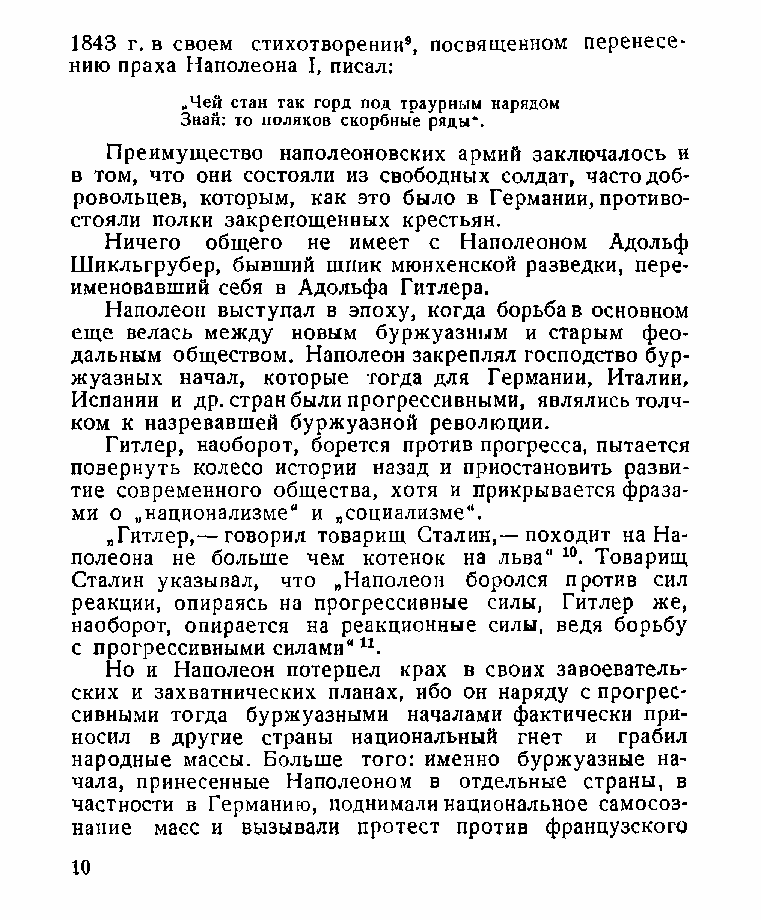
1843 г. в своем стихотворении9, посвященном перенесе­
 нию праха Наполеона I, писал:
 „Чей стан так горд под траурным нарядом
 Знай: то поляков скорбные ряды*.
 Преимущество наполеоновских армий заключалось и
 в том, что они состояли из свободных солдат, часто доб­
 ровольцев, которым, как это было в Германии, противо­
 стояли полки закрепощенных крестьян.
 Ничего общего не имеет с Наполеоном Адольф
 Шикльгрубер, бывший шпик мюнхенской разведки, пере­
 именовавший себя в Адольфа Гитлера.
 Наполеон выступал в эпоху, когда борьба в основном
 еще велась между новым буржуазным и старым фео­
 дальным обществом. Наполеон закреплял господство бур­
 жуазных начал, которые тогда для Германии, Италии,
 Испании и др. стран были прогрессивными, являлись толч­
 ком к назревавшей буржуазной революции.
 Гитлер, наоборот, борется против прогресса, пытается
 повернуть колесо истории назад и приостановить разви­
 тие современного общества, хотя и прикрывается фраза­
 ми о „национализме“ и „социализме“.
 „Гитлер,— говорил товарищ Сталин,—походит на На­
 полеона не больше чем котенок на льва" 10. Товарищ
 Сталин указывал, что „Наполеон боролся против сил
 реакции, опираясь на прогрессивные силы, Гитлер же,
 наоборот, опирается на реакционные силы, ведя борьбу
 с прогрессивными силами“ и.
 Но и Наполеон потерпел крах в своих завоеватель-
 ских и захватнических планах, ибо он наряду с прогрес­
 сивными тогда буржуазными началами фактически при­
 носил в другие страны национальный гнет и грабил
 народные массы. Больше того: именно буржуазные на­
 чала, принесенные Наполеоном в отдельные страны, в
 частности в Германию, поднимали национальное самосоз­
 нание масс и вызывали протест против французского
 10